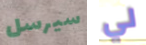
سيرسل لي